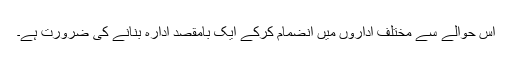
اس حوالے سے مختلف اداروں میں انضمام کرکے ایک بامقصد ادارہ بنانے کی ضرورت ہے۔